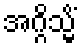
အဂ္ဂိသ္မိံ